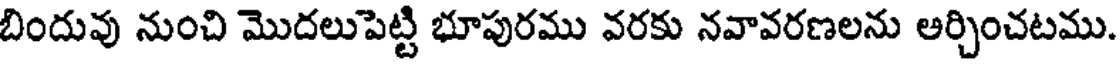
బిందువు నుంచి మొదలుపెట్టి భూపురము వరకు నవావరణలను ఆర్చించటము.